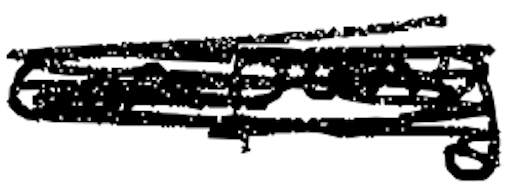
Text: company
Cross-out: scratch
Writing tool: digital_black